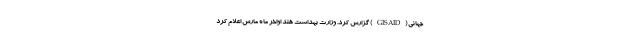
جهانی (GISAID) گزارش کرد. وزارت بهداشت هند اواخر ماه مارس اعلام کرد